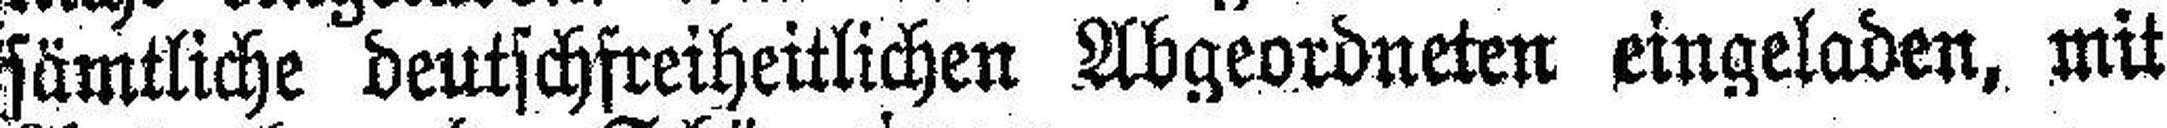
sämtliche deutschfreiheitlichen Abgeordneten eingeladen, mit